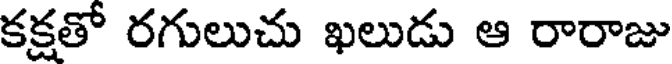
కక్షతో రగులుచు ఖలుడు ఆ రారాజు